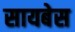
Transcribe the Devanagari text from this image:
सायबेस